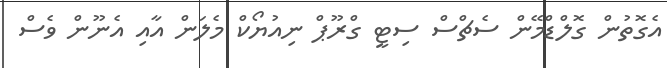
އެގޮތުން ގޮލްޑްމޭން ސެޗްސް ސިޓީ ގްރޫޕް ނިއުޔޯކް މެލަން އާއި އެނޫން ވެސް